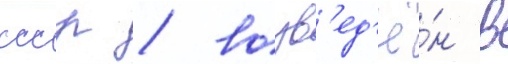
ссср / возв'ед'ё́н в